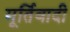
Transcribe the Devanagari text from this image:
मूर्तिवादी